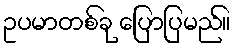
ဥပမာတစ်ခု ပြောပြမည်။